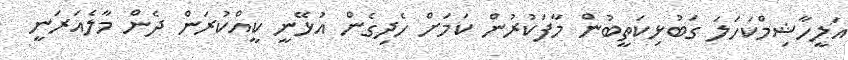
އަލީހާޝިމްކަހަލަ ގަބުޅިކަތީބުން މާފަކުރުން ކަމަށް ހެދިގެން އުޅޭނީ ކީއްކުރަން ދެން މާލެއަރަނީ